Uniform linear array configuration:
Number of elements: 12
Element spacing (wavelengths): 1
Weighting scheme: kaiser
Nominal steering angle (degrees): -60
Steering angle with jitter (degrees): -59.473
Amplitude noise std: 0.05
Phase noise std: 0.05

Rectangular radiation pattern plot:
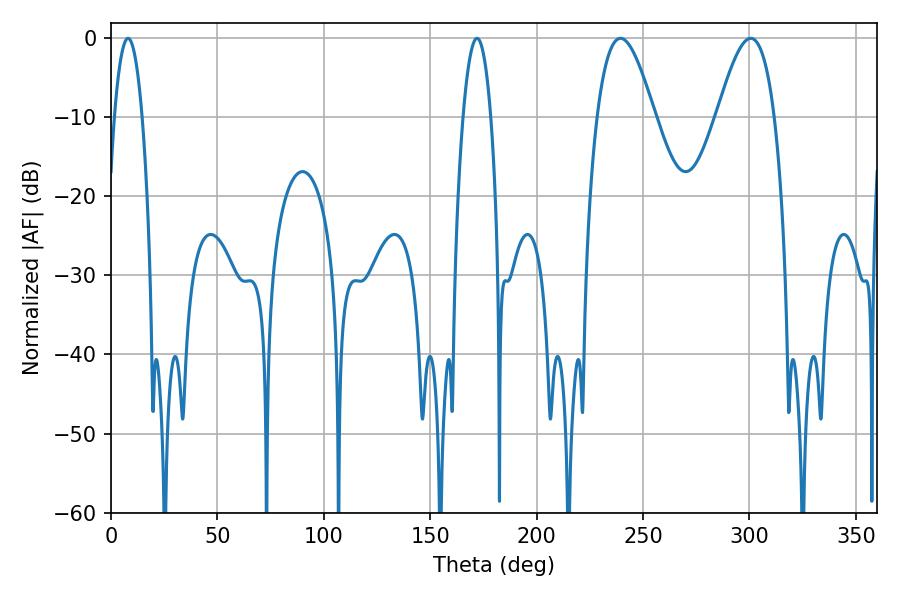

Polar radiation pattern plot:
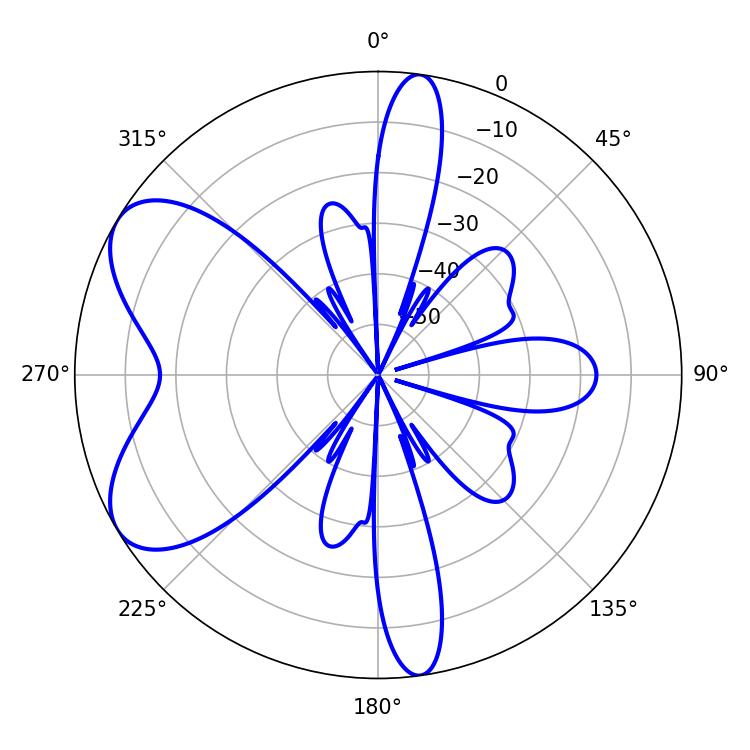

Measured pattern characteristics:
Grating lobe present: TRUE
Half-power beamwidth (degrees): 14.58
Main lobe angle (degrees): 239.4